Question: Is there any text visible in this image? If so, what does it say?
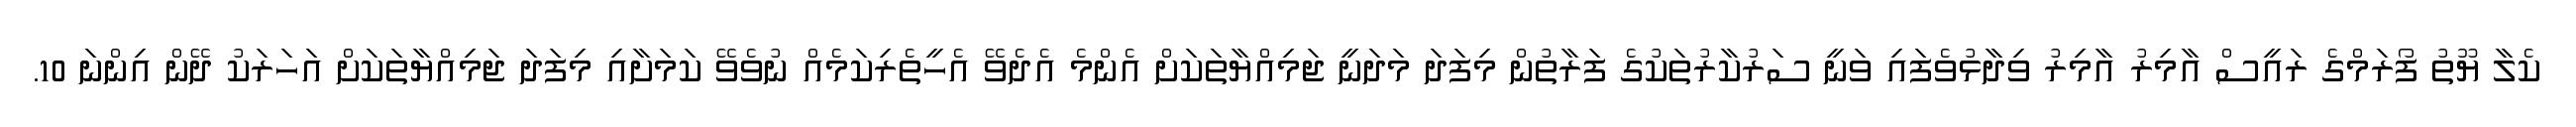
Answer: ކެލާ ޔޫތު ފޯރަމްގެ ރައީސް އާމިރު އާމިރު ވިދާޅުވެފައި ވަނީ ސަރުކާރުތަކުގެ ފަރާތުން މިފަދަ މަދަނީ ޖަމިއްޔާތަކަށް އެންމެ އެދެވޭ އެހީތެރިކަމެއް ނުވެވޭ ކަމަށާއި މިފަދަ ޖަމިއްޔާތަކަށް އަހަރަކު ދޭން އިންނަ 10.